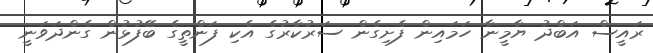
ރައީސް އަބްދު ޔާމީނާ ހަމައިން ފެށިގެން ސަރުކާރުގެ އެކި ފަންތީގެ ބޭފުޅުން ގެންދަވަނީ